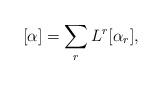
LaTeX: \begin{align*}[\alpha]=\sum_rL^r[\alpha_r],\end{align*}